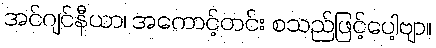
အင်ဂျင်နီယာ၊ အကောင့်တင်း စသည်ဖြင့်ပေါ့ဗျာ။